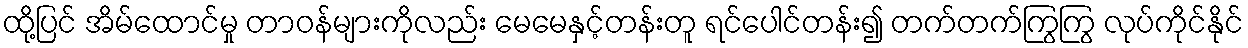
ထို့ပြင် အိမ်ထောင်မှု တာဝန်များကိုလည်း မေမေနှင့်တန်းတူ ရင်ပေါင်တန်း၍ တက်တက်ကြွကြွ လုပ်ကိုင်နိုင်